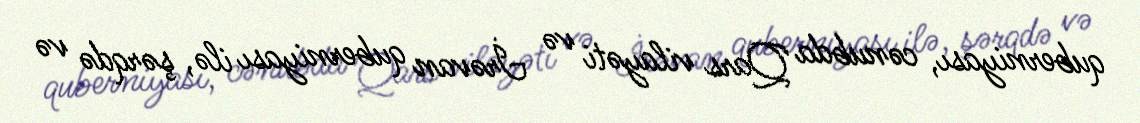
quberniyası, cənubda Qars vilayəti və İrəvan quberniyası ilə, şərqdə və